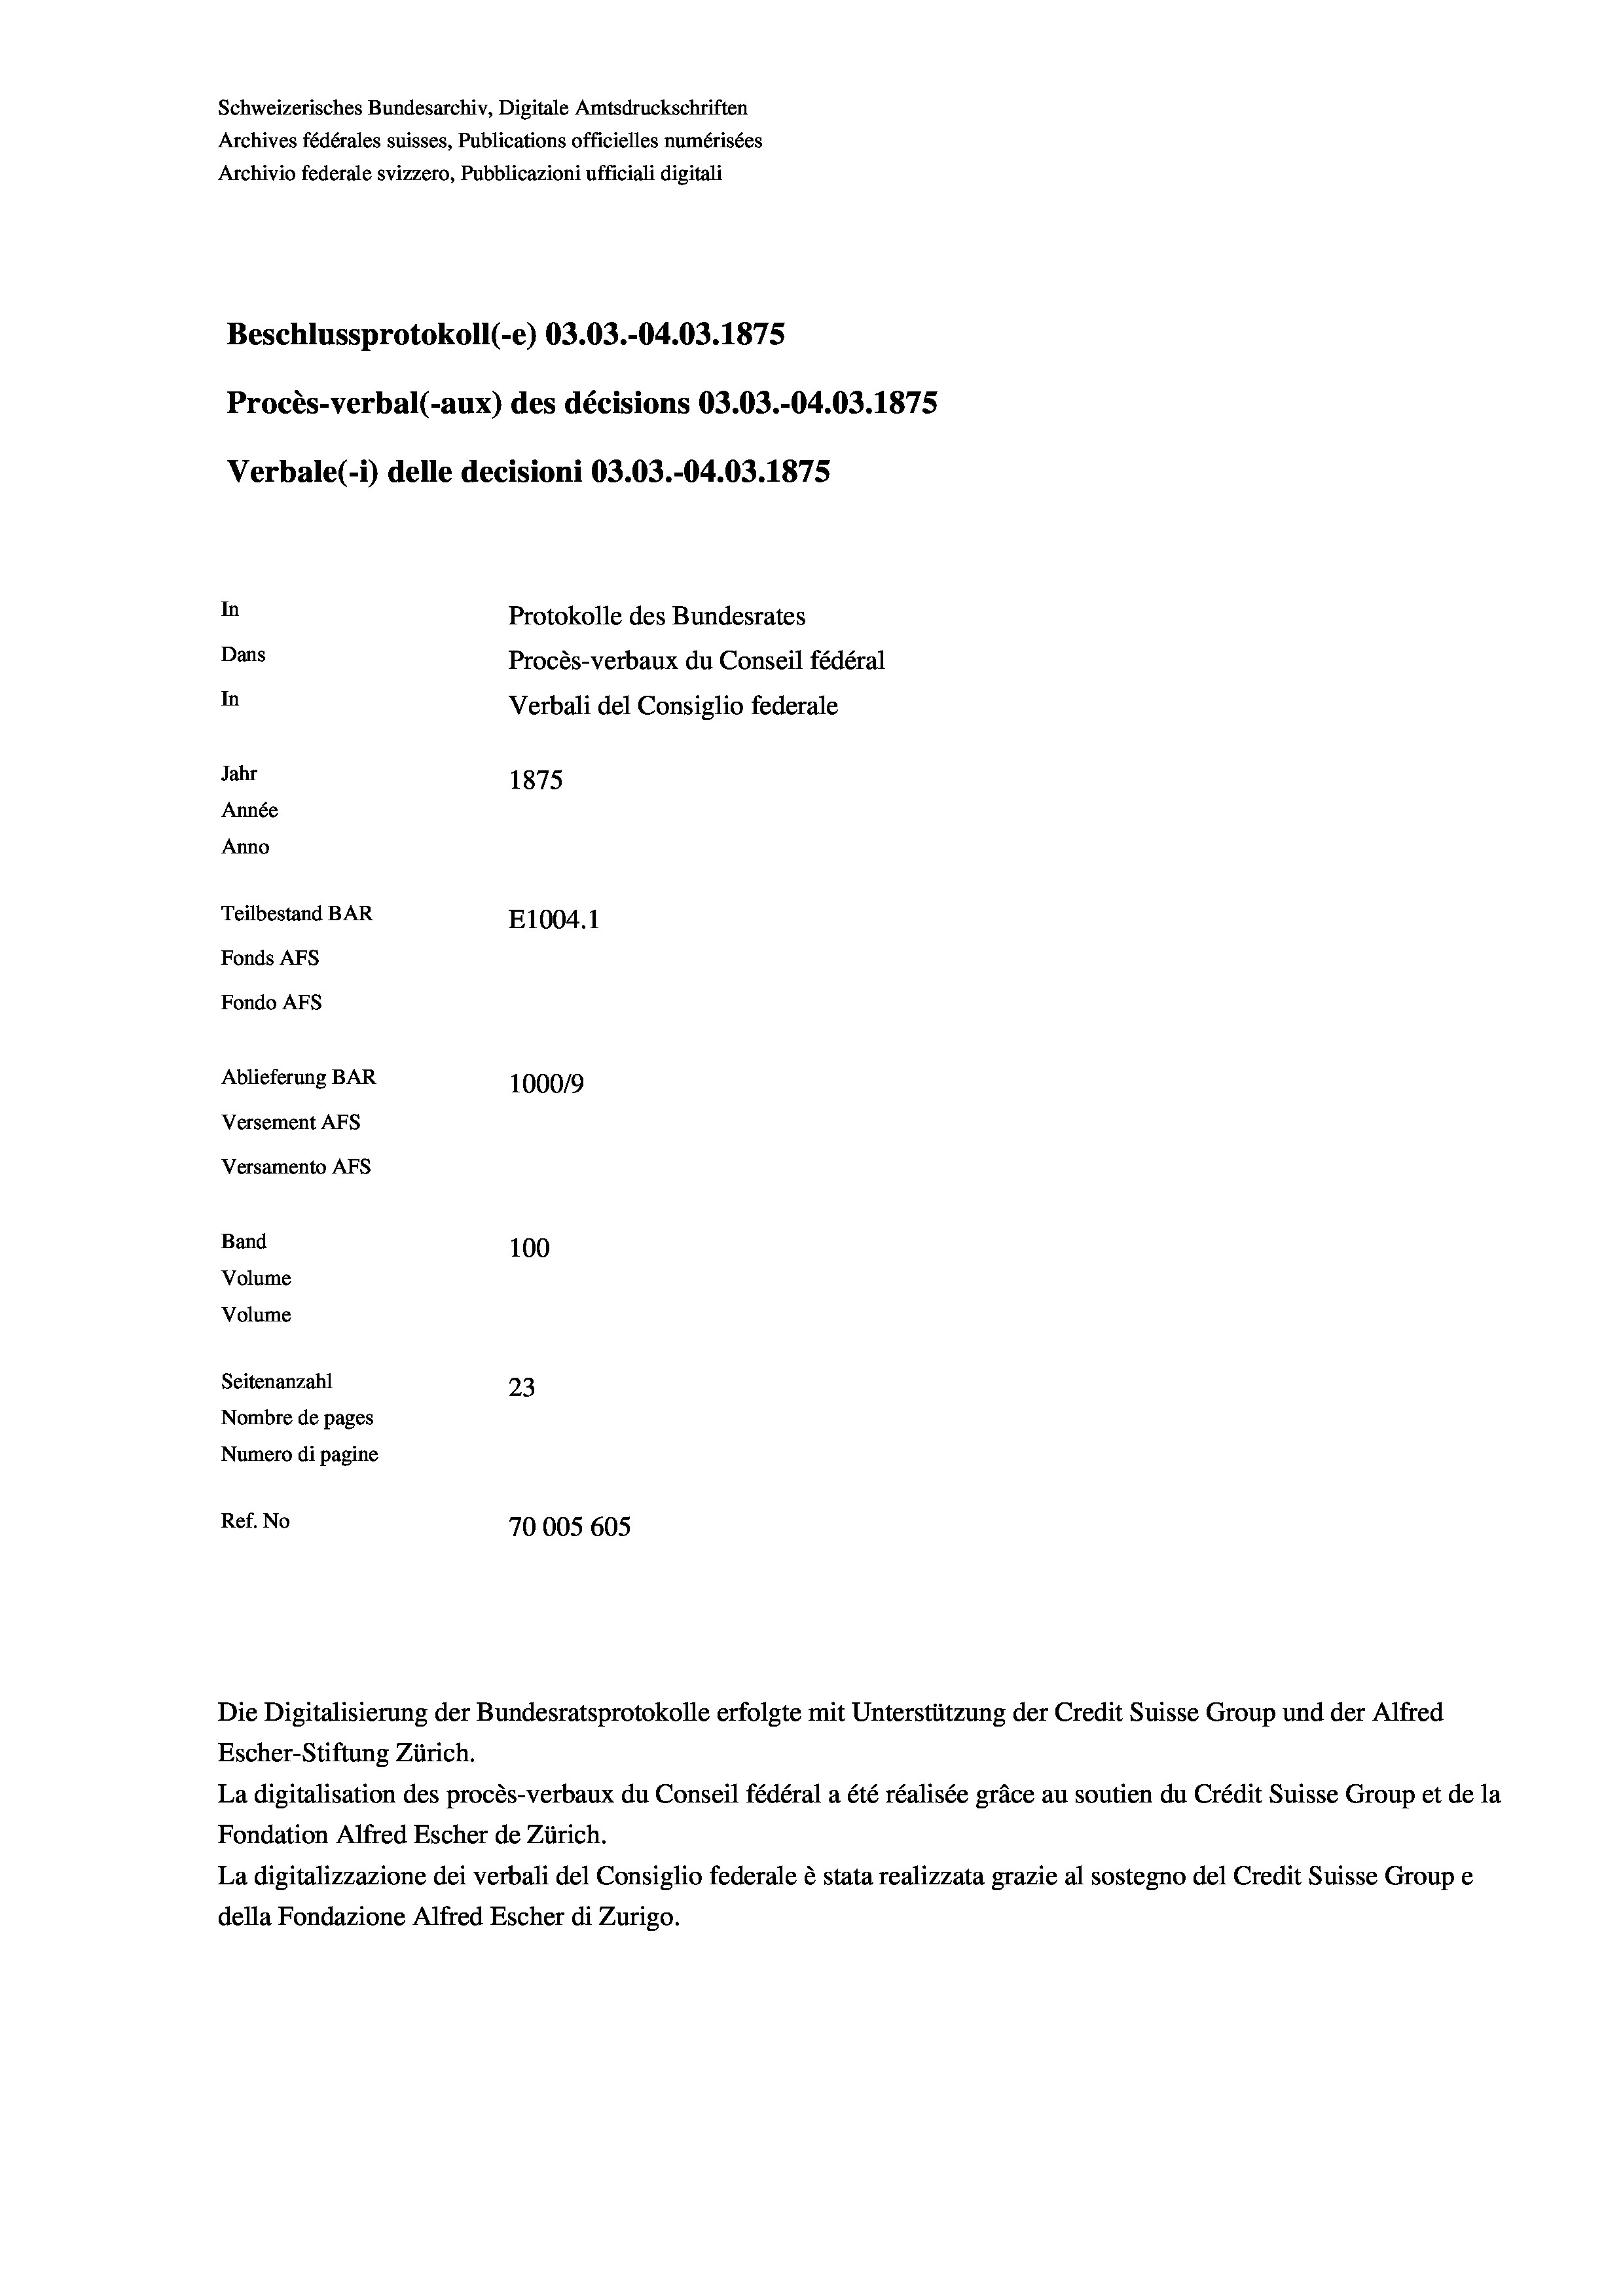
Schweizerisches Bundesarchiv, Digitale Amtsdruckschriften
Archives fédérales suisses, Publications officielles numérisées
Archivio federale svizzero, Pubblicazioni ufficiali digitali
Beschlussprotokoll (-e) 03.03.-04.03. 1875
Procès-verbal (-aux) des décisions 03.03.-04.03. 1875
Verbale(-*) delle decisioni 03.03.-04.03. 1875
In
Protokolle des Bundesrates
Dans
Procès-verbaux du Conseil fédéral
In
Verbali del Consiglio federale
Jahr
1875
Année
Anno
Teilbestand BAR
E1004. 1
Fonds AFs
Fondo Afs
Ablieferung BAR
100019
Versement AFs
Versamento AFs
Band
100
Volume

Volume
Seitenanzahl
23
Nombre de pages
Numero di pagine
Ref. No
70005 605

Die Digitalisierung der Bundesratsprotokolle erfolgte mit Unterstützung der Credit Suisse Group und der Alfred
Escher-Stiftung Zürich.
La digitalisation des procès-verbaux du Conseil fédéral a été réalisée gräce au soutien du Crédit Suisse Group et de la
Fondation Alfred Escher de Zürich.
La digitalizzazione dei verbali del Consiglio federale è stata realizzata grazie al sostegno del Credit Suisse Groupe
della Fondazione Alfred Escher di Zurigo.